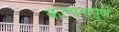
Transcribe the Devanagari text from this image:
कल्‍पनापूर्ण